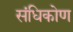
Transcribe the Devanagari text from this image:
संधिकोण